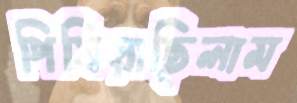
পিষিয়াছিলাম